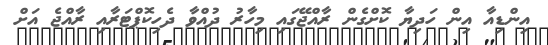
އިންޑިއާ އިން ހަދިޔާ ކޮށްގެން ރާއްޖޭގައި މިހާރު ދުއްވާ ދެހިކޮޕްޓަރާއި ރާއްޖެ އަށް